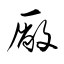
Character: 厰